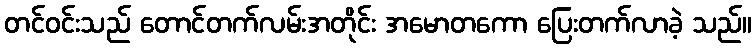
တင်ဝင်းသည် တောင်တက်လမ်းအတိုင်း အမောတကော ပြေးတက်လာခဲ့ သည်။